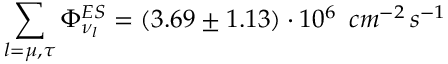
\sum _ { l = \mu , \tau } \Phi _ { \nu _ { l } } ^ { E S } = ( 3 . 6 9 \pm 1 . 1 3 ) \cdot 1 0 ^ { 6 } \, ~ c m ^ { - 2 } \, s ^ { - 1 }